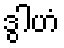
ဒွါဟံ